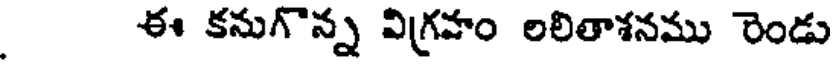
ఈ కనుగొన్న విగ్రహం లలితాశనము రెండు